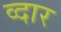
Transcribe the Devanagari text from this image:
व्दार